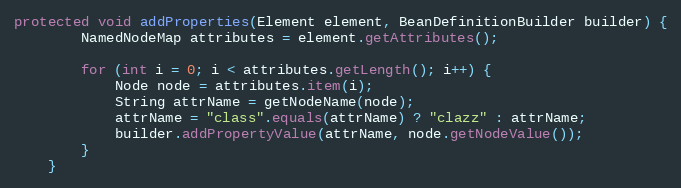
Language: Java
protected void addProperties(Element element, BeanDefinitionBuilder builder) {
        NamedNodeMap attributes = element.getAttributes();

        for (int i = 0; i < attributes.getLength(); i++) {
            Node node = attributes.item(i);
            String attrName = getNodeName(node);
            attrName = "class".equals(attrName) ? "clazz" : attrName;
            builder.addPropertyValue(attrName, node.getNodeValue());
        }
    }